Insane asylums in Bengal annual reports 1867-1875 - 1867-1875
Year: 1867
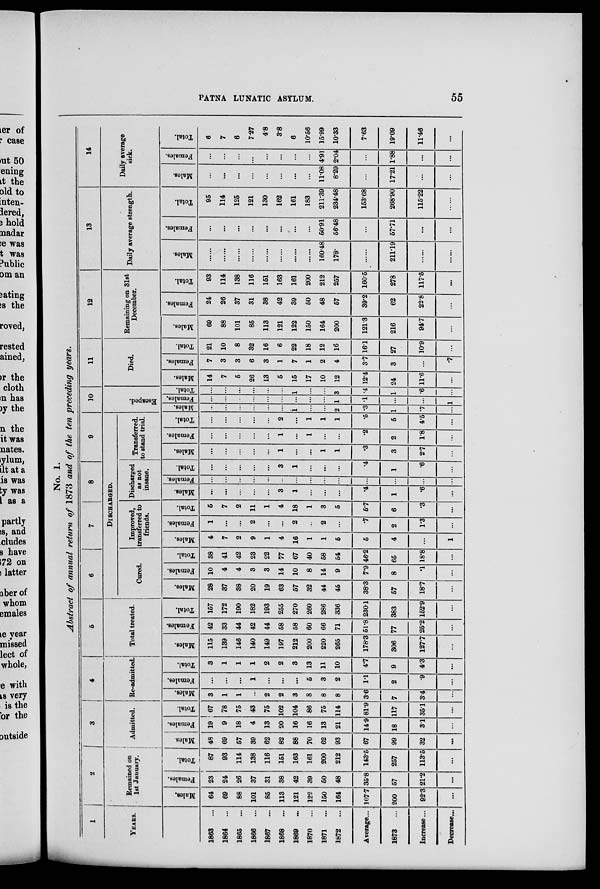
PATNA LUNATIC ASYLUM.
55
No. 1.
Abstract of annual return of 1873 and of the ten preceding years.
1
YEARS.
1863
...
1864
...
1865
...
1866
...
1867
...
1868
...
1869
...
1870
...
1871
...
1872
...
Average...
1873
...
Increase...
Decrease
2
Remained on
1st January.
Males.
64
69
88
101
85
113
121
122
150
164
107.7
200
92.3
...
Females.
23
24
26
37
31
38
42
39
50
48
35.8
57
21.2
...
Total.
87
93
114
138
116
151
163
161
200
212
143.6
257
113.5
...
3
Admitted.
Males.
48
69
57
39
62
82
88
70
62
93
67
99
32
...
Females.
19
9
18
4
13
20
16
16
13
21
14.9
18
3.1
...
Total.
67
78
75
43
75
102
104
86
75
114
81.9
117
35.1
...
4
Re-admitted.
Males.
3
1
1
...
2
2
3
8
8
8
3.6
7
3.4
...
Females.
...
...
...
1
...
...
...
5
3
2
1.1
2
.9
...
Total.
3
1
1
1
2
2
3
13
11
10
4.7
9
4.3
...
5
Total treated.
Males.
115
139
146
140
149
197
212
200
220
265
178.3
306
127.7
...
Females.
42
33
44
42
44
58
58
60
66
71
51.8
77
25.2
...
Total.
157
172
190
182
193
255
270
260
286
336
230.1
383
152.9
...
6
7
8
9
DISCHARGED.
Cured.
Males.
28
37
38
20
19
63
57
32
44
45
38.3
57
18.7
...
Females.
10
4
4
3
3
14
10
8
14
9
7.9
8
.1
...
Total.
38
41
42
23
22
77
67
40
58
54
46.2
65
18.8
...
Improved,
transferred to
friends.
Males.
4
7
2
9
1
4
16
1
1
5
5
4
...
1
Females.
1
...
...
2
...
...
2
...
2
...
.7
2
1.3
...
Total.
5
7
2
11
1
4
18
1
3
5
5.7
6
.3
...
Discharged
as not
insane.
Males.
...
...
...
...
...
3
1
...
...
...
.4
1
.6
...
Females.
...
...
...
...
...
...
...
...
...
...
...
...
...
...
Total.
...
...
...
...
...
3
1
...
...
...
.4
1
.6
...
Transferred,
to stand trial.
Males.
...
...
...
...
...
1
...
...
1
1
.3
3
2.7
...
Females.
...
...
...
...
...
1
...
1
...
...
.2
2
1.8
...
Total.
...
...
...
...
...
2
...
1
1
1
.5
5
4.5
...
10
Escaped.
Males.
...
...
...
...
...
...
1
...
..
2
.3
1
.7
...
Femal es .
...
...
..
...
...
...
...
...
...
1
.1
...
...
1
Tot al .
...
...
...
...
...
...
1
...
...
3
.4
1
.6
...
11
Died.
Males.
14
7
5
26
13
5
15
17
10
12
12.4
24
11.6
...
Females.
7
3
3
6
3
1
7
1
2
4
3.7
3
...
.7
Total.
21
10
8
32
16
6
22
18
12
16
16.1
27
10.9
...
12
Remaining on 31st
December.
Males.
69
88
101
85
113
121
122
150
164
200
121.3
216
94.7
...
Females.
24
26
37
31
38
42
39
50
48
57
39.2
62
22.8
...
Total.
93
114
138
116
151
163
161
200
212
257
160.5
278
117.5
...
13
Daily average strength.
Males.
...
...
...
...
...
...
...
...
160.48
178.
...
211.19
...
...
Females.
...
...
...
...
...
...
...
...
50.91
56.48
...
57.71
...
...
Total.
95
114
125
121
130
162
161
183
211.39
234.48
163.68
268.90
115.22
......
14
Daily average
sick.
Males.
...
...
...
...
...
...
...
...
11.08
8.29
...
17.21
...
...
Females.
...
...
...
...
...
...
...
...
4.91
2.04
...
1.88
...
...
Total.
6
7
6
7.27
4.8
3.8
6
10.56
15.99
10.33
7.63
19.09
11.46
...